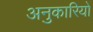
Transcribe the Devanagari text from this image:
अनुकारियों